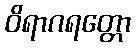
ဝိရာဂရတ္တော